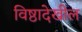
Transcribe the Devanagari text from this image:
विष्ठादेखील